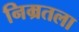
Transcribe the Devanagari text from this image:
निम्रतला